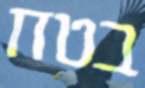
בטח